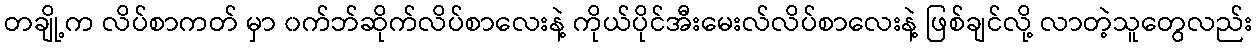
တချို့က လိပ်စာကတ် မှာ ၀က်ဘ်ဆိုက်လိပ်စာလေးနဲ့ ကိုယ်ပိုင်အီးမေးလ်လိပ်စာလေးနဲ့ ဖြစ်ချင်လို့ လာတဲ့သူတွေလည်း